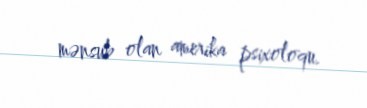
mənsub olan amerika psixoloqu.